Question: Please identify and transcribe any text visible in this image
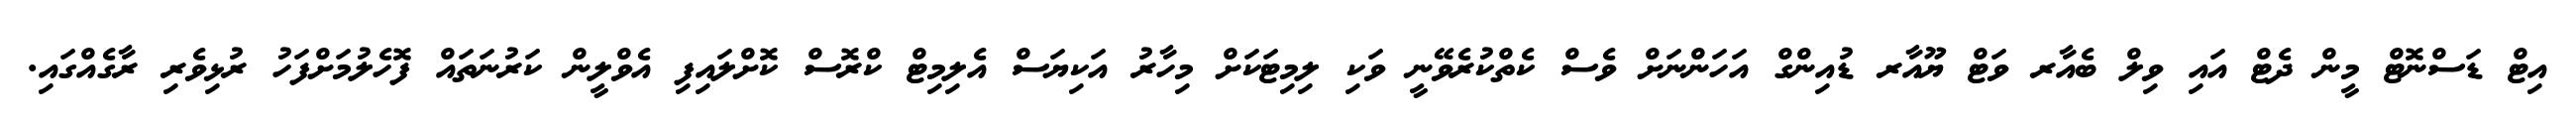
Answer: އިޓް ޑަސްނޮޓް މީން ދެޓް އައި ވިލް ބެއާރ ވަޓް ޔޫއާރ ޑުއިންގް އަހަންނަށް ވެސް ކެތްކުރެވޭނީ ވަކި ލިމިޓަކަށް މިހާރު އަކިޔަސް އެލިމިޓް ކްރޮސް ކޮށްލައިފި އެވްލީން ކަރުނަތައް ފޮހެލުމަށްފަހު ރުޅިވެރި ރާގެއްގައި.